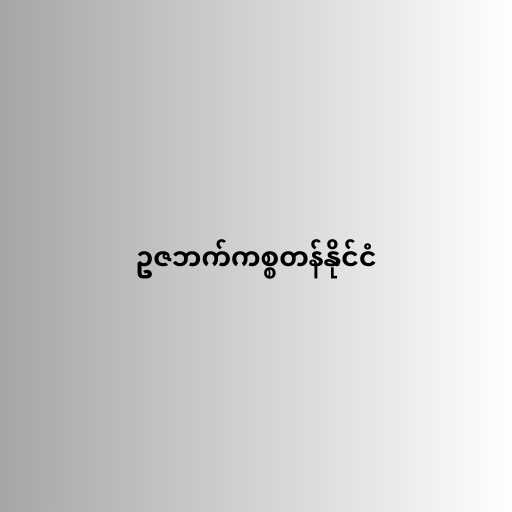
ဥဇဘက်ကစ္စတန်နိုင်ငံ